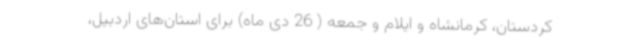
کردستان، کرمانشاه و ایلام و جمعه ( 26 دی ماه) برای استان‌های اردبیل،